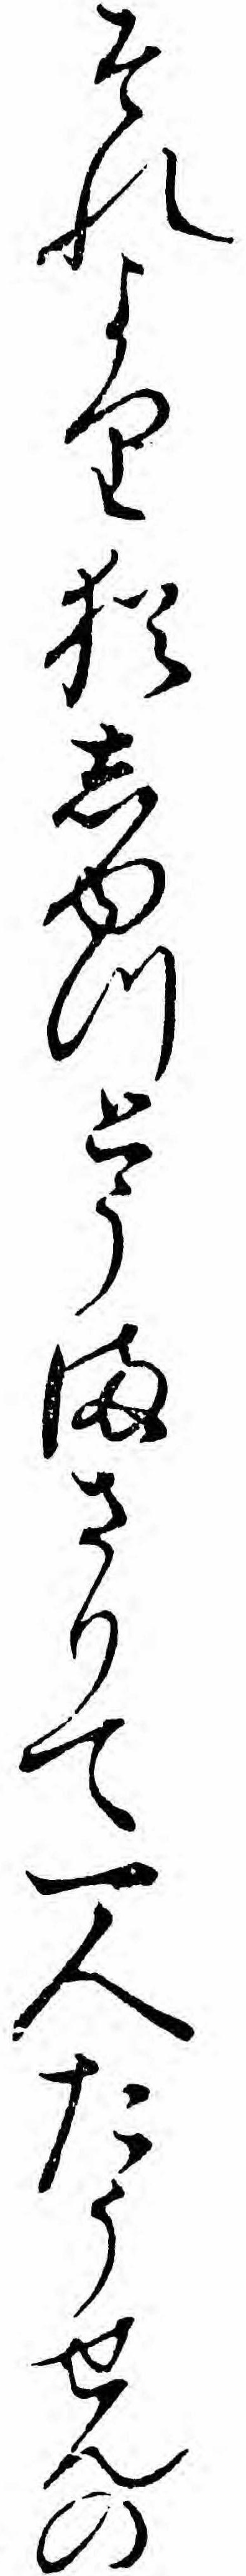
それより猶しゆつとうまさりて一人たうせんの